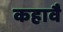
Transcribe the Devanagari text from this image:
कहावै